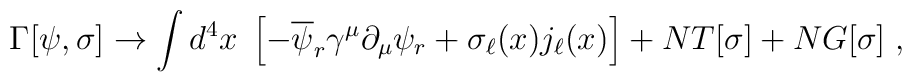
\Gamma[\psi, \sigma]\rightarrow\int d^4x\;\left[-\overline{\psi}_r\gamma^\mu\partial_\mu\psi_r+\sigma_\ell(x)j_\ell(x)\right]+NT[\sigma]+NG[\sigma]\;,